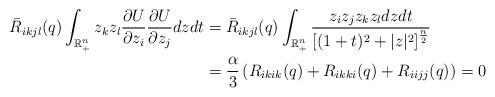
LaTeX: \begin{align*}\bar{R}_{ikjl}(q)\int_{\mathbb{R}_{+}^{n}}z_{k}z_{l}\frac{\partial U}{\partial z_{i}}\frac{\partial U}{\partial z_{j}}dzdt & =\bar{R}_{ikjl}(q)\int_{\mathbb{R}_{+}^{n}}\frac{z_{i}z_{j}z_{k}z_{l}dzdt}{\left[(1+t)^{2}+|z|^{2}\right]^{\frac{n}{2}}}\\ & =\frac{\alpha}{3}\left(R_{ikik}(q)+R_{ikki}(q)+R_{iijj}(q)\right)=0\end{align*}